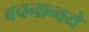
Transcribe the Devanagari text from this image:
वचनान्वये